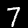
Label: 7